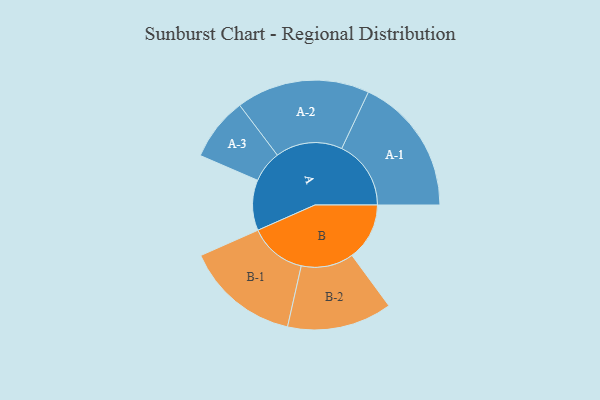
{"axis": {"x": "Segment", "y": "Value"}, "legend": ["", "A", "B"], "data": [{"x": "A", "y": 180, "type": ""}, {"x": "B", "y": 205, "type": ""}, {"x": "A-1", "y": 247, "type": "A"}, {"x": "A-2", "y": 238, "type": "A"}, {"x": "A-3", "y": 113, "type": "A"}, {"x": "B-1", "y": 204, "type": "B"}, {"x": "B-2", "y": 187, "type": "B"}]}